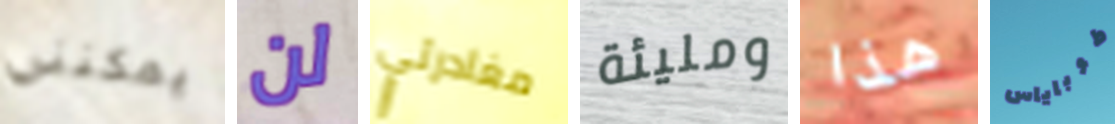
يمكنني لن مغادرتي ومليئة هذا طوباياس